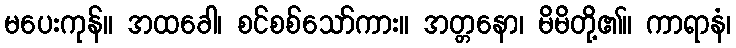
မပေးကုန်။ အထခေါ၊ စင်စစ်သော်ကား။ အတ္တနော၊ မိမိတို့၏။ ကာရာနံ၊